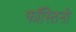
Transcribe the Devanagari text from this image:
फॉस्तिनो